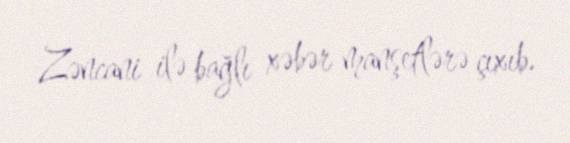
Zəncani ilə bağlı xəbər manşetlərə çıxıb.